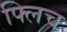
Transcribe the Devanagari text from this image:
फ्लिच